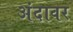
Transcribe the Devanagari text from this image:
अंदावर